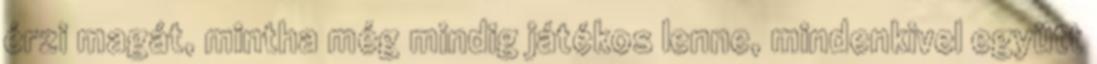
érzi magát, mintha még mindig játékos lenne, mindenkivel együtt